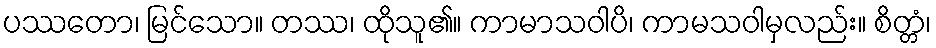
ပဿတော၊ မြင်သော။ တဿ၊ ထိုသူ၏။ ကာမာသဝါပိ၊ ကာမသဝါမှလည်း။ စိတ္တံ၊